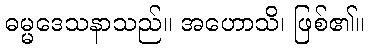
ဓမ္မဒေသနာသည်။ အဟောသိ၊ ဖြစ်၏။